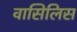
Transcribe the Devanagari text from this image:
वासिलिस